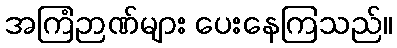
အကြံဉာဏ်များ ပေးနေကြသည်။